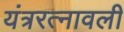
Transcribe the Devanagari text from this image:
यंत्ररत्नावली